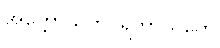
အက္ကောသကပရိဘာသကေ